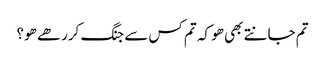
تم جانتے بھی ھو کہ تم کس سے جنگ کررھے ھو؟